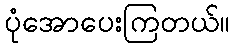
ပုံအောပေးကြတယ်။